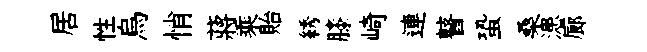
居性烏悄蔣乘貽綉膝崎連瞽蛩桑漶廊